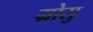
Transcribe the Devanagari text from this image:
ग्रोसु